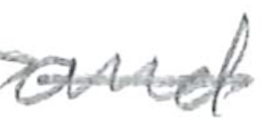
Text: and
Cross-out: single-line
Writing tool: pencil